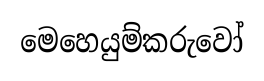
මෙහෙයුම්කරුවෝ